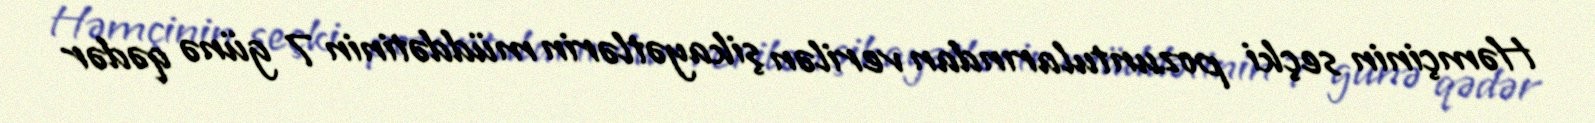
Həmçinin seçki pozuntularından verilən şikayətlərin müddətinin 7 günə qədər